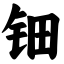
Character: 钿